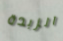
الزبدة